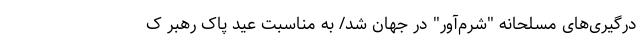
درگیری‌های مسلحانه "شرم‌آور" در جهان شد/ به مناسبت عید پاک رهبر ک